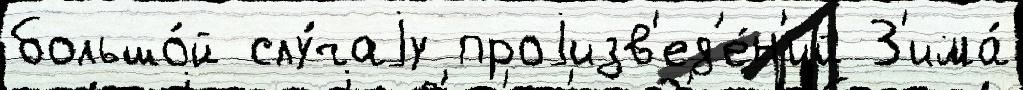
большо́й слу́чаjу проjизв'ед'е́н'ий З'има́